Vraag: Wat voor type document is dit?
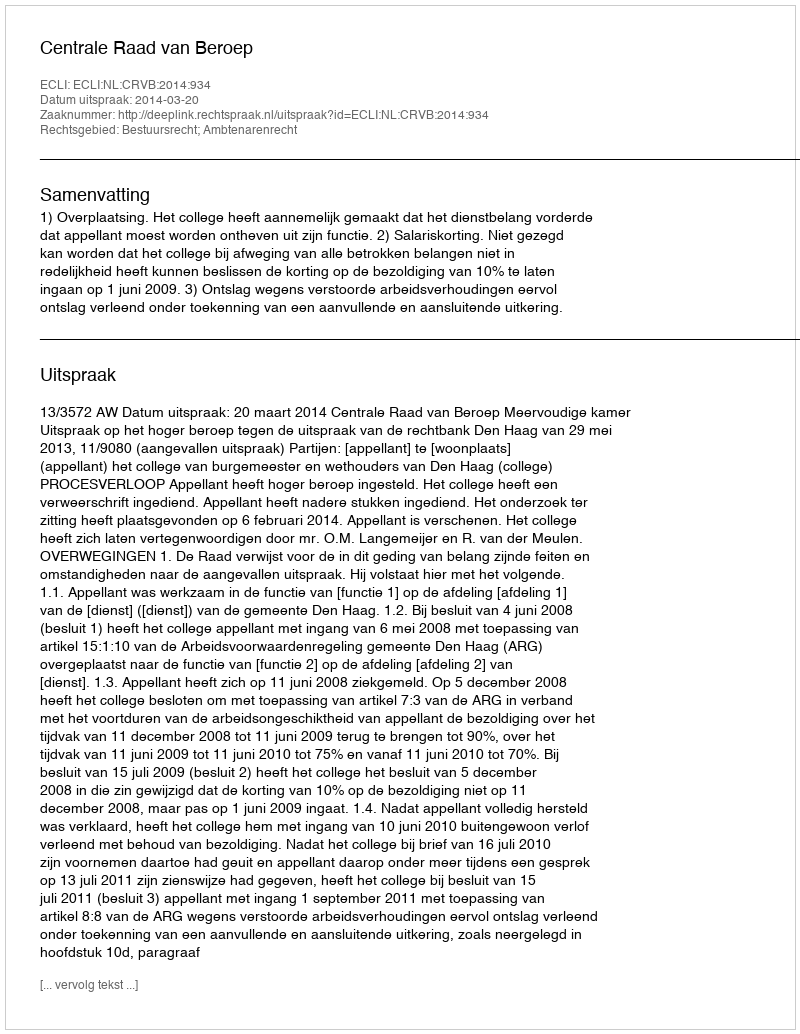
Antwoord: Uitspraak